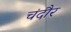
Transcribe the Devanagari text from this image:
चंदौर